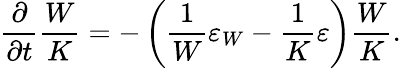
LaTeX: \frac{\partial}{\partial t}\frac{W}{K}=-\left({\frac{1}{W}\varepsilon_{W}-\frac{1}{K}\varepsilon}\right)\frac{W}{K}.